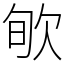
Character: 㰬